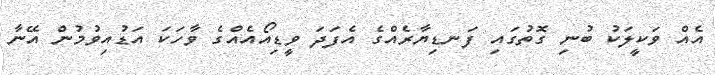
އެއް ވަކީލަކު ބުނި ގޮތުގައި ފަނޑިޔާރެއްގެ އެފަދަ ވީޑިއޯއެއްގެ ވާހަކަ އަޑުއިވުމުން އޭނާ